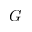
G